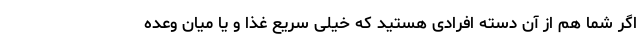
اگر شما هم از آن دسته افرادی هستید که خیلی سریع غذا و یا میان وعده